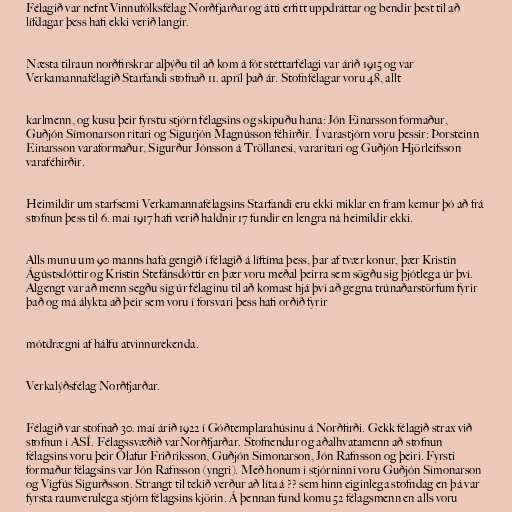
Félagið var nefnt Vinnufólksfélag Norðfjarðar og átti erfitt uppdráttar og bendir þest til að
lífdagar þess hafi ekki verið langir.

Næsta tilraun norðfirskrar alþýðu til að kom á fót stéttarfélagi var árið 1915 og var
Verkamannafélagið Starfandi stofnað 11. apríl það ár. Stofnfélagar voru 48, allt

karlmenn, og kusu þeir fyrstu stjórn félagsins og skipuðu hana: Jón Einarsson formaður,
Guðjón Símonarson ritari og Sigurjón Magnússon féhirðir. Í varastjórn voru þessir: Þorsteinn
Einarsson varaformaður, Sigurður Jónsson á Tröllanesi, vararitari og Guðjón Hjörleifsson
varaféhirðir.

Heimildir um starfsemi Verkamannafélagsins Starfandi eru ekki miklar en fram kemur þó að frá
stofnun þess til 6. maí 1917 hafi verið haldnir 17 fundir en lengra ná heimildir ekki.

Alls munu um 90 manns hafa gengið í félagið á líftíma þess, þar af tvær konur, þær Kristín
Ágústsdóttir og Kristín Stefánsdóttir en þær voru meðal þeirra sem sögðu sig þjótlega úr því.
Algengt var að menn segðu sig úr félaginu til að komast hjá því að gegna trúnaðarstörfum fyrir
það og má álykta að þeir sem voru í forsvari þess hafi orðið fyrir

mótdrægni af hálfu atvinnurekenda.

Verkalýðsfélag Norðfjarðar.

Félagið var stofnað 30. maí árið 1922 í Góðtemplarahúsinu á Norðfirði. Gekk félagið strax við
stofnun í ASÍ. Félagssvæðið varNorðfjarðar. Stofnendur og aðalhvatamenn að stofnun
félagsins voru þeir Ólafur Friðriksson, Guðjón Símonarson, Jón Rafnsson og þeiri. Fyrsti
formaður félagsins var Jón Rafnsson (yngri). Með honum í stjórninni voru Guðjón Símonarson
og Vigfús Sigurðsson. Strangt til tekið verður að líta á ?? sem hinn eiginlega stofndag en þá var
fyrsta raunverulega stjórn félagsins kjörin. Á þennan fund komu 52 félagsmenn en alls voru